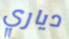
دياري